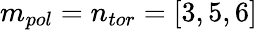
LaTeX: m_{pol}=n_{tor}=[3,5,6]